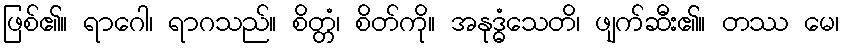
ဖြစ်၏။ ရာဂေါ၊ ရာဂသည်။ စိတ္တံ၊ စိတ်ကို။ အနုဒ္ဓံသေတိ၊ ဖျက်ဆီး၏။ တဿ မေ၊